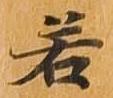
若